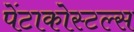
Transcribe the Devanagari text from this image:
पेंटाकोस्टल्स